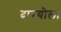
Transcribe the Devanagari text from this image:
दारयोला